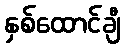
နှစ်ထောင်ချီ